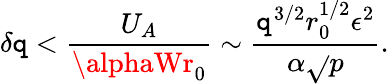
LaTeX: \delta\mathtt{q}<{\frac{{U_{A}}}{{\alphaWr_{0}}}}\sim{\frac{{\mathtt{q}^{3/2}r_{0}^{1/2}\epsilon^{2}}}{{\alpha\sqrt{}{{p}}}}}.